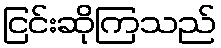
ငြင်းဆိုကြသည်